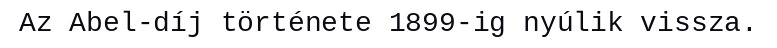
Az Abel-díj története 1899-ig nyúlik vissza.